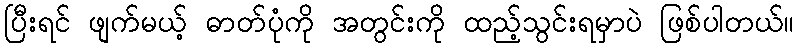
ပြီးရင် ဖျက်မယ့် ဓာတ်ပုံကို အတွင်းကို ထည့်သွင်းရမှာပဲ ဖြစ်ပါတယ်။